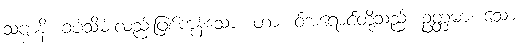
သဗ္ဗာနိ၊ ခပ်သိမ်းလည်းဖြစ်ကုန်သော။ တာ၊ ဝ်အရောင်တို့သည်။ ဥတ္တမာ၊ သော။